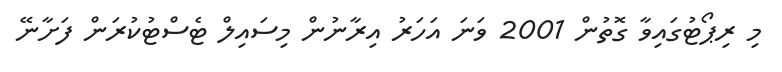
މި ރިޕޯޓުގައިވާ ގޮތުން 2001 ވަނަ އަހަރު އިރާނުން މިސައިލް ޓެސްޓުކުރަން ފަށާނޭ